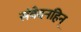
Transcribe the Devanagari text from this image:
संवेदनहिन्